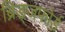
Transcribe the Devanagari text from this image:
ब्रिड्जफोर्ड